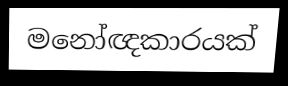
මනෝඥකාරයක්